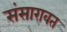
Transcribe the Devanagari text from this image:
संसारावत